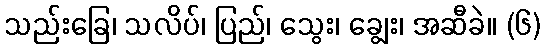
သည်းခြေ၊ သလိပ်၊ ပြည်၊ သွေး၊ ချွေး၊ အဆီခဲ။ (၆)